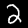
Digit: 2